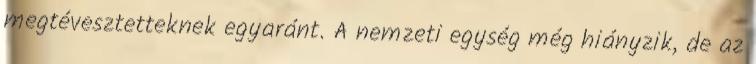
megtévesztetteknek egyaránt. A nemzeti egység még hiányzik, de az